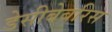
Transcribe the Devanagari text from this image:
डेसीबेबरिस